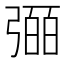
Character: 𢐤